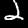
Digit: 2